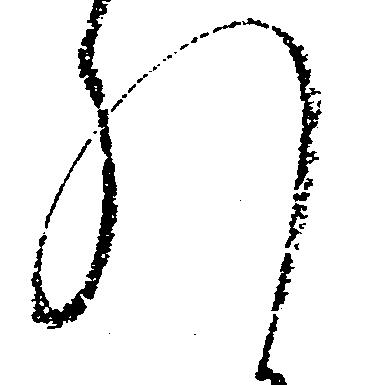
れ